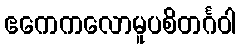
ဧကေကလောမူပစိတင်္ဂဝါ